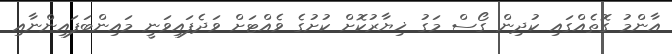
އާންމު ގޮތެއްގައި ކުދިން ގޯސް މަގު ޚިޔާރުކޮށް ކުށުގެ ވެއްޓަށް ވަދެފައިވަނީ މައިންބަފައިންނާއި